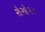
રોગો૨૩